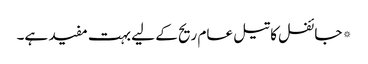
*جائفل کا تیل عام ریح کے لیے بہت مفید ہے۔